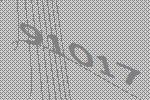
91017